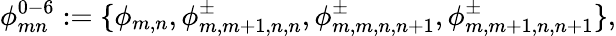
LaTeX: \phi_{mn}^{0-6}:=\{ \phi_{m,n},\phi_{m,m+1,n,n}^{\pm},\phi_{m,m,n,n+1}^{\pm},\phi_{m,m+1,n,n+1}^{\pm}\} ,